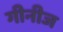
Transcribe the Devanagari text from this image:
गीनीज